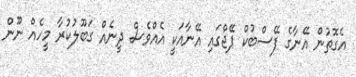
އެގޮތުން އޭނާގެ ފޭސްބުކް ޕޭޖްގައި އޭނާއަކީ އެއްވެސް ދީނެއް ގަބޫލުކުރާ މީހެއް ނޫން